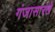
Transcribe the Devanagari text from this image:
गंजासारखे